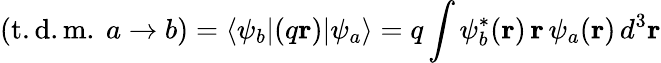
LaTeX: ({\mathrm{t.d.m.~}}a\rightarrow b)=\langle\psi_{b}|(q\mathbf{r})|\psi_{a}\rangle=q\int\psi_{b}^{*}(\mathbf{r})\, \mathbf{r}\, \psi_{a}(\mathbf{r})\, d^{3}\mathbf{r}